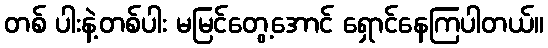
တစ် ပါးနဲ့တစ်ပါး မမြင်တွေ့အောင် ရှောင်နေကြပါတယ်။